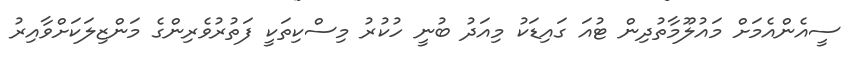
ސީއެންއެމަށް މައުލޫމާތުދިން ޓުއަ ގައިޑަކު މިއަދު ބުނީ ހުކުރު މިސްކިތަކީ ފަތުރުވެރިންގެ މަންޒިލަކަށްވާއިރު